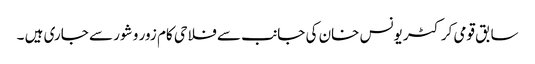
سابق قومی کرکٹر یونس خان کی جانب سے فلاحی کام زور و شور سے جاری ہیں ۔